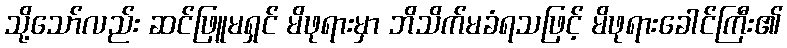
သို့သော်လည်း ဆင်ဖြူမရှင် မိဖုရားမှာ ဘိသိက်မခံရသဖြင့် မိဖုရားခေါင်ကြီး၏